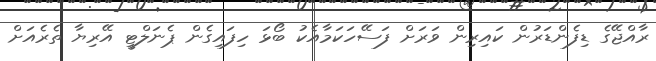
ރާއްޖޭގެ ޑިފެންޑަރުން ކައިރިން ވަރަށް ފަސޭހަކަމާއެކު ބޯޅަ ހިފައިގެން ޕެނަލްޓީ އޭރިޔާ ތެރެއަށް